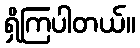
ရှိကြပါတယ်။